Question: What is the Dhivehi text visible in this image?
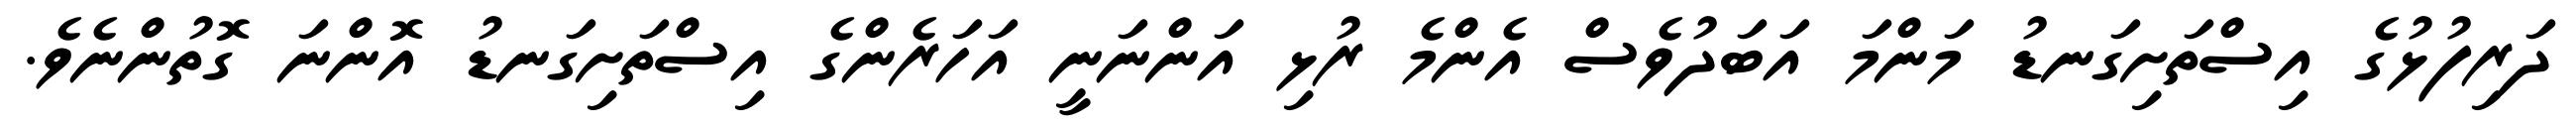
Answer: ދަރިފުޅުގެ އިސްތަށިގަނޑު މަންމަ އަބަދުވެސް އެންމެ ރުޅި އަންނަނީ އަހަރެންގެ އިސްތަށިގަނޑު އޮންނަ ގޮތުންނެވެ.